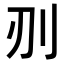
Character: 𭃅